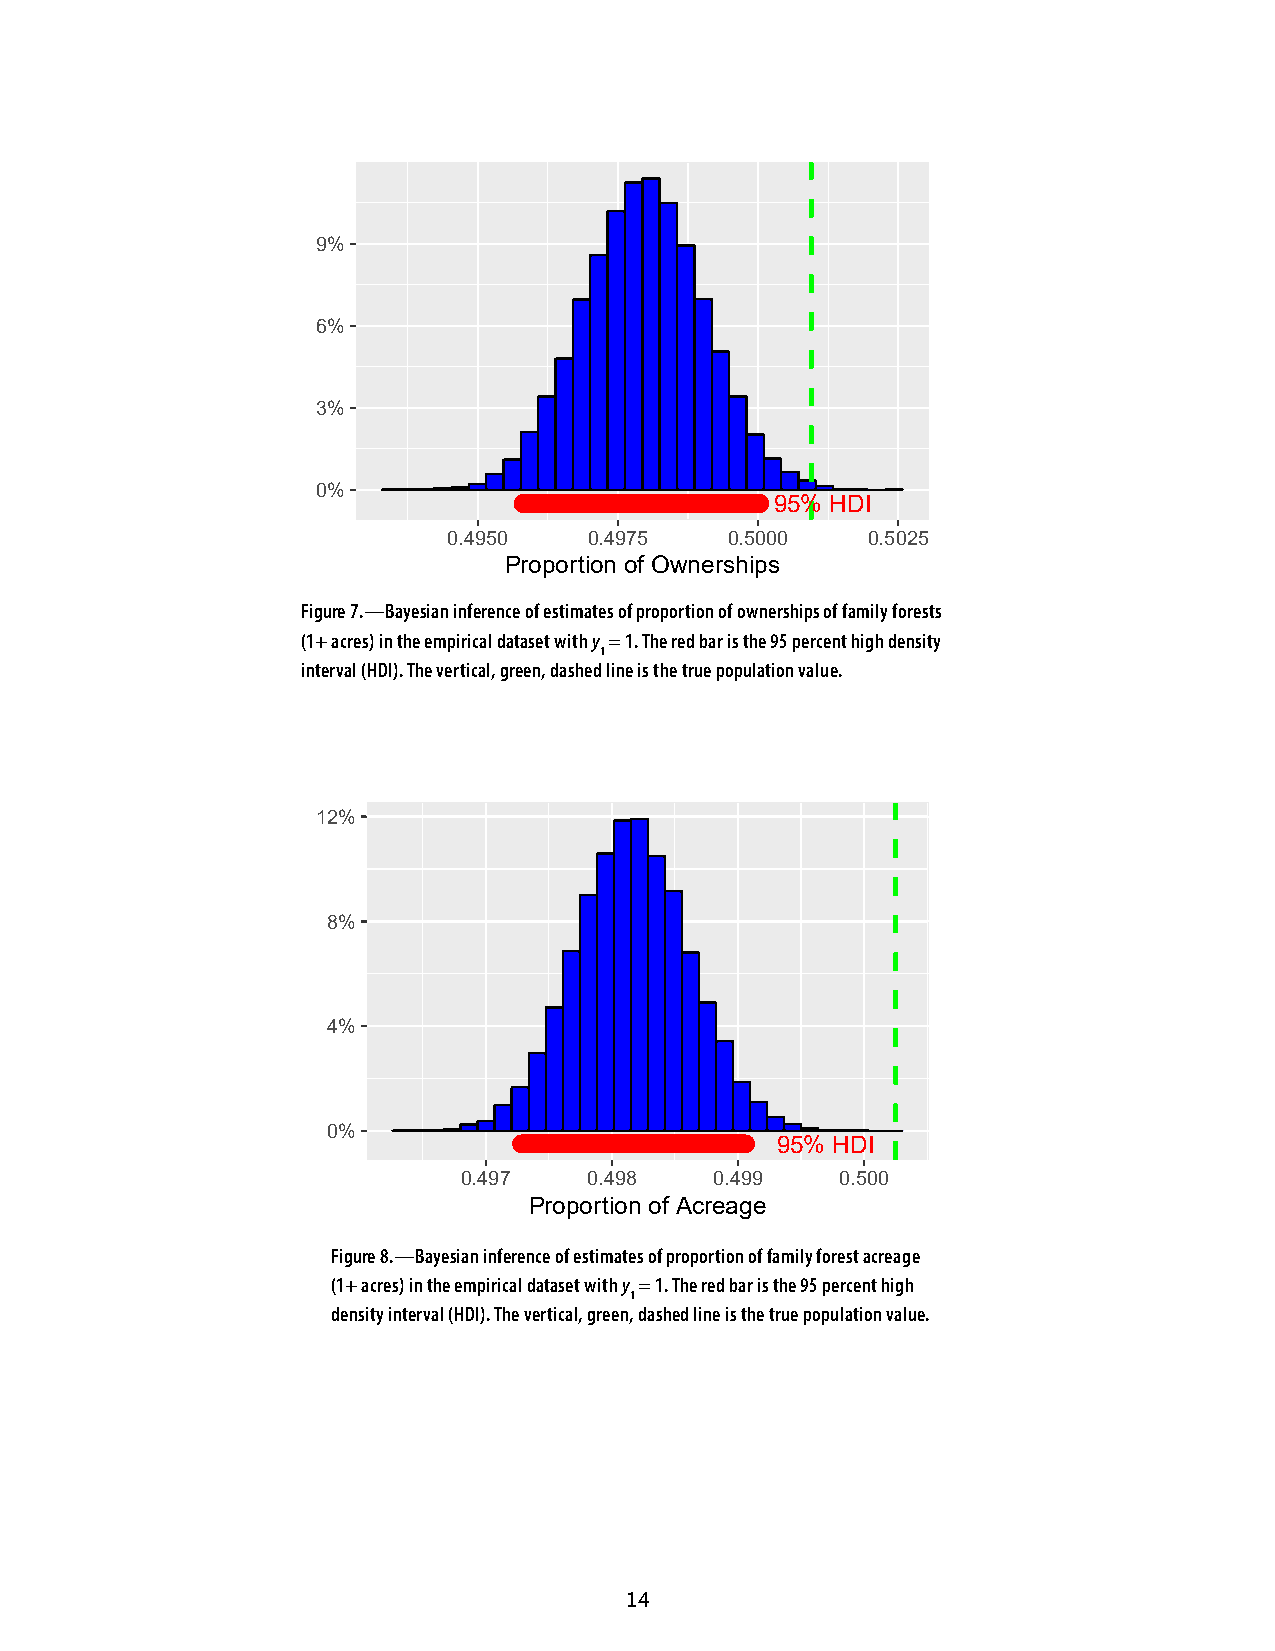
9%
 6%
 3%
 0%
 95% HDI
 0.4950   0.4975   0.5000   0.5025
 Proportion of Ownerships
 Figure 7.—Bayesian inference of estimates of proportion of ownerships of family forests
 (1+ acres) in the empirical dataset with y = 1. The red bar is the 95 percent high density
 1
 interval (HDI). The vertical, green, dashed line is the true population value.
 12%
 8%
 4%
 0%
 95% HDI
 0.497   0.498   0.499    0.500
 Proportion of Acreage
 Figure 8.—Bayesian inference of estimates of proportion of family forest acreage
 (1+ acres) in the empirical dataset with y = 1. The red bar is the 95 percent high
 1
 density interval (HDI). The vertical, green, dashed line is the true population value.
 14